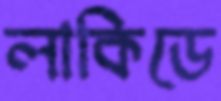
লাকিডে